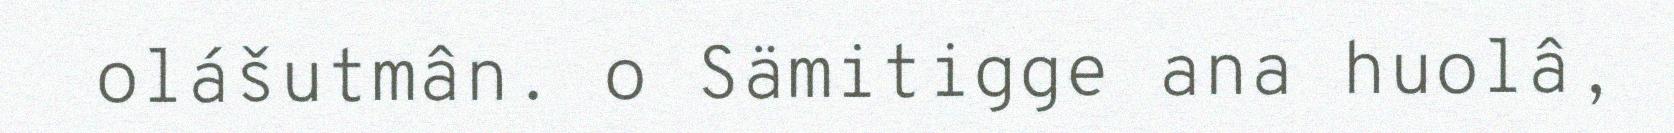
olášutmân. o Sämitigge ana huolâ,